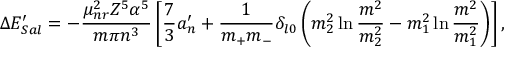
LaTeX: \Delta E _ { S a l } ^ { \prime } = - \frac { \mu _ { n r } ^ { 2 } Z ^ { 5 } \alpha ^ { 5 } } { m \pi n ^ { 3 } } \left[ \frac { 7 } { 3 } a _ { n } ^ { \prime } + \frac { 1 } { m _ { + } m _ { - } } \delta _ { l 0 } \left( m _ { 2 } ^ { 2 } \ln \frac { m ^ { 2 } } { m _ { 2 } ^ { 2 } } - m _ { 1 } ^ { 2 } \ln \frac { m ^ { 2 } } { m _ { 1 } ^ { 2 } } \right) \right] ,